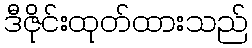
ဒီဇိုင်းထုတ်ထားသည်